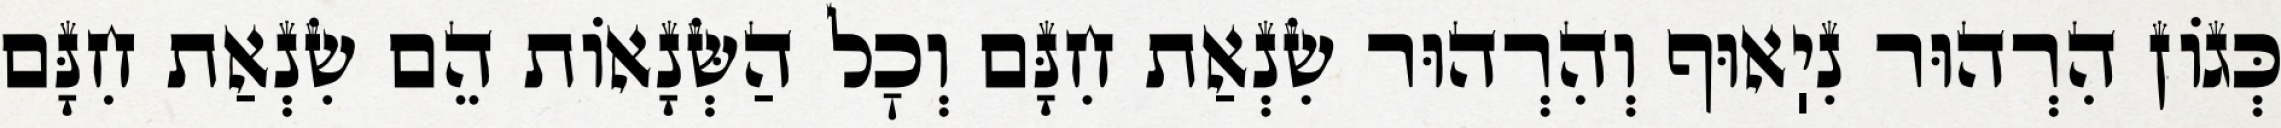
כְּגוֹן הִרְהוּר נִיֽאוּף וְהִרְהוּר שִׂנְאַת חִנָּם וְכׇל הַשְּׂנָאוֹת הֵם שִׂנְאַת חִנָּם